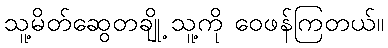
သူ့မိတ်ဆွေတချို့ သူ့ကို ဝေဖန်ကြတယ်။